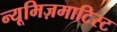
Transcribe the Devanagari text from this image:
न्यूमिज़माटिस्ट